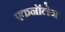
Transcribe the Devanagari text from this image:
एकनॉलेज